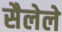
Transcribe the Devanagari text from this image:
सैलेले